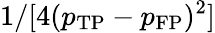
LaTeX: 1/[4(p_{\mathrm{TP}}-p_{\mathrm{FP}})^{2}]